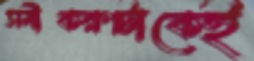
সমীকরণটাকেই